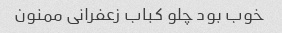
خوب بود چلو کباب زعفرانى ممنون